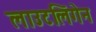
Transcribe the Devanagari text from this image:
लाउटलिंगेन